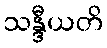
သန္ဒီယတိ